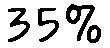
35%